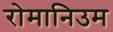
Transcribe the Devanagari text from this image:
रोमानिउम